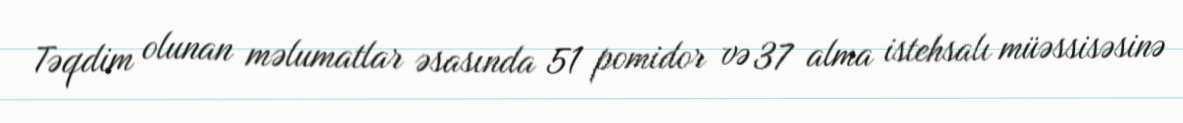
Təqdim olunan məlumatlar əsasında 51 pomidor və 37 alma istehsalı müəssisəsinə